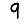
Digit: 9